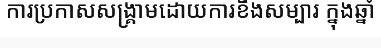
ការប្រកាសសង្គ្រាមដោយការខឹងសម្បារ ក្នុងឆ្នាំ